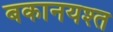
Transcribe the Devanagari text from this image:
बकानयश्त